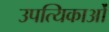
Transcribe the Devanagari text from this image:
उपत्यिकाओं